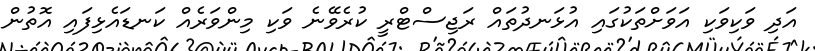
އަދި ވަކިވަކި އަވަށްތަކުގައި އުޅަނދުތައް ރަޖިސްޓްރީ ކުރެވޭނެ ވަކި މިންވަރެއް ކަނޑައެޅިފައި އޮތުން